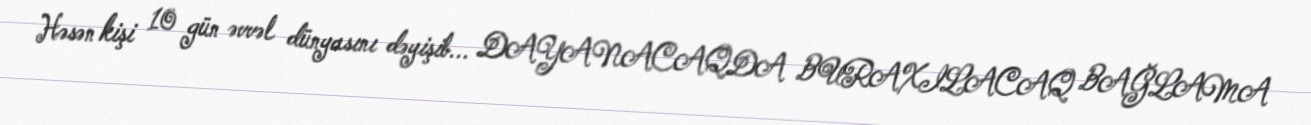
Həsən kişi 10 gün əvvəl dünyasını dəyişib... DAYANACAQDA BURAXILACAQ BAĞLAMA